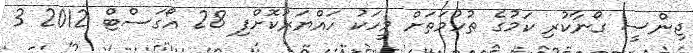
ޖިންސީ ގޯނާކުރި ކަމުގެ ތުހުމަތަށް މީހަކު ހައްޔަރުކޮށްފި 28 އޯގަސްޓް 2012 3